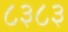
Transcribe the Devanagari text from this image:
८३८३